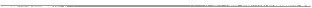
___